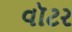
વૉટર